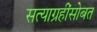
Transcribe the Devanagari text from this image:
सत्याग्रहींसोबत